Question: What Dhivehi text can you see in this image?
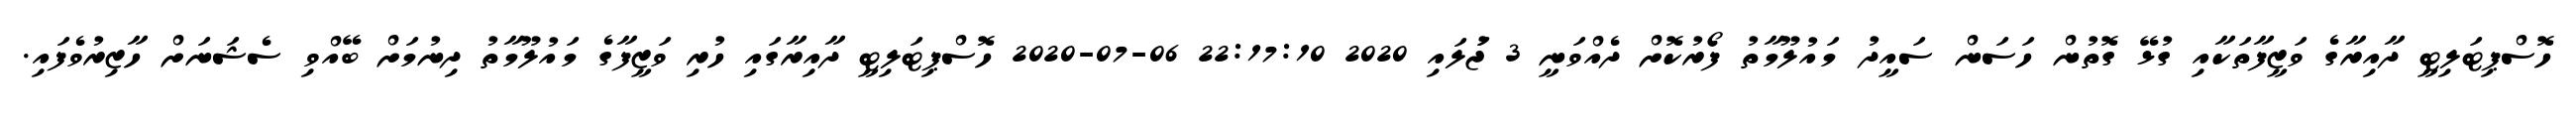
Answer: ހޮސްޕިޓަލިޓީ ދާއިރާގެ ވަޒީފާތަކާއި ގުޅޭ ގޮތުން ހަސަން ސައީދު މައުލޫމާތު ފޯރުކޮށް ދެއްވަނީ 3 ޖުަލައި 2020 22:17:10 06-07-2020 ހޮސްޕިޓަލިޓީ ދާއިރާގައި ހުރި ވަޒީފާގެ މައުލޫމާތު ދިނުމަށް ބޭއްވި ސެޝަނަށް ހާޒިރުވެފައި.